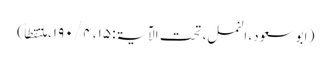
( ابو سعود، النمل، تحت الآیۃ: ۱۵، ۴ / ۱۹۰، ملتقطاً)